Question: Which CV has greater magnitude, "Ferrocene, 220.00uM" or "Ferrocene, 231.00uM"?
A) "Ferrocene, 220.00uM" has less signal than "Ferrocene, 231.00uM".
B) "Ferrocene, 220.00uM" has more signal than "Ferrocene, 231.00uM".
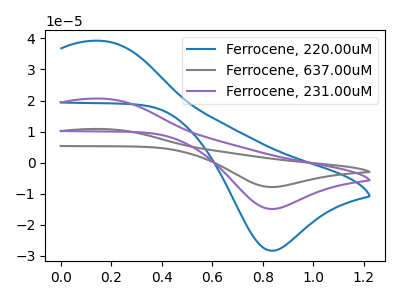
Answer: <think>The blue curve "Ferrocene, 220.00uM" has an anodic peak at (0.15V, 39.20uA) and a cathodic peak at (0.85V, -28.35uA). The gray curve "Ferrocene, 637.00uM" has an anodic peak at (0.15V, 41.25uA) and a cathodic peak at (0.85V, -29.85uA). The purple curve "Ferrocene, 231.00uM" has an anodic peak at (0.15V, 20.60uA) and a cathodic peak at (0.85V, -14.90uA).
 All the peaks in "Ferrocene, 220.00uM" have a peak in "Ferrocene, 231.00uM" at the same potential. Every peak in "Ferrocene, 220.00uM" is higher than every peak in "Ferrocene, 231.00uM".</think>
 <answer>B) "Ferrocene, 220.00uM" has more signal than "Ferrocene, 231.00uM".</answer>
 <eval>B</eval>